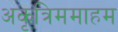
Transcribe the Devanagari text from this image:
अकृत्रिममाहम